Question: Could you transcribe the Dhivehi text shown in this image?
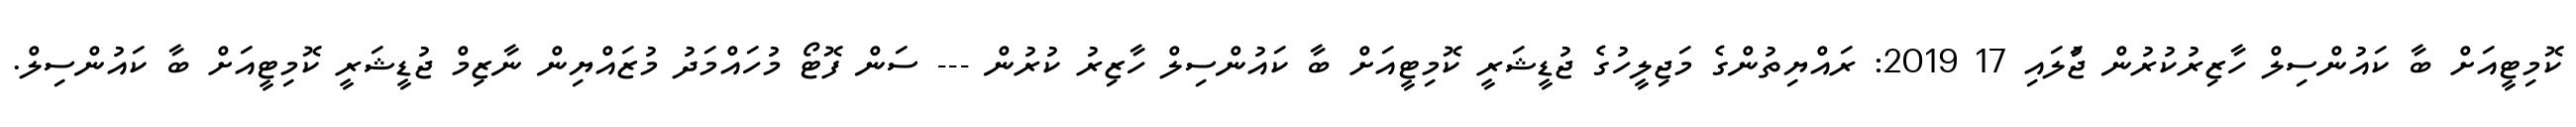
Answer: ކޮމިޓީއަށް ބާ ކައުންސިލް ހާޒިރުކުރުން ޖުަލައި 17 2019: ރައްޔިތުންގެ މަޖިލީހުގެ ޖުޑީޝަރީ ކޮމިޓީއަށް ބާ ކައުންސިލް ހާޒިރު ކުރުން --- ސަން ފޮޓޯ މުހައްމަދު މުޒައްޔިން ނާޒިމް ޖުޑީޝަރީ ކޮމިޓީއަށް ބާ ކައުންސިލް.